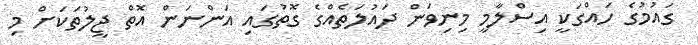
ގައުމުގެ ހައްގަކީ އިސްލާމީ މިނިވަން ދައުލަތެއްގެ ގޮތުގައި އަންނަން އޮތް ޖީލުތަކަށް މި